Annual administration report of the Civil Veterinary Department of India - 1897-1898
Year: 1897
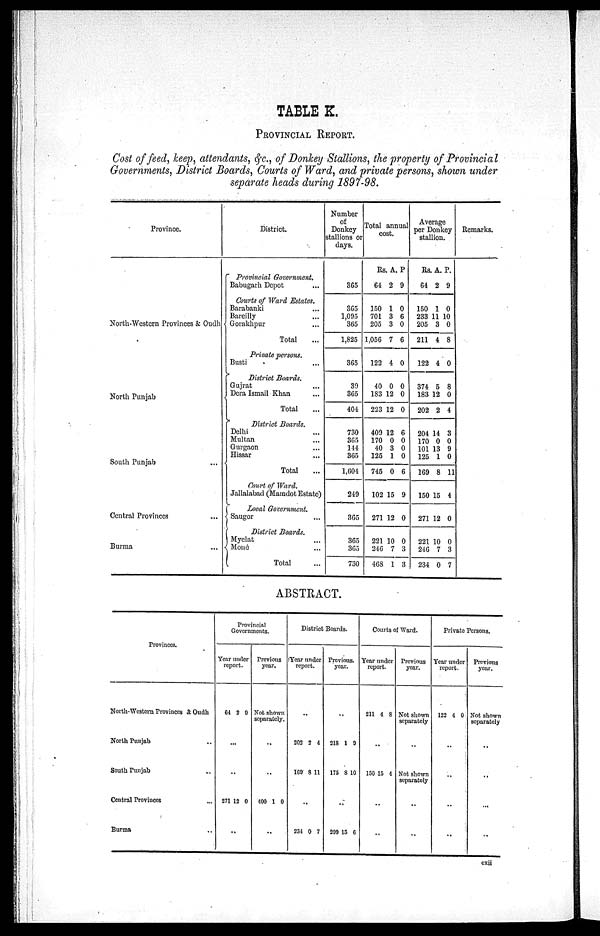
TABLE K.
Cost of feed, keep, attendants, &c., of Donkey Stallions, the property of Provincial
Governments, District Boards, Courts of Ward, and private persons, shown under
separate heads during 1897—98.
Province.
North—Western Provinces & Oudh
North Punjab
South Punjab
...
Central Provinces ...
Burma ...
District.
Provincial Government.
Babugarh Depot ...
Courts of Ward Estates.
Barabanki ...
Bareilly ...
Gorakhpur ...
Total
Private persons.
Busti ...
District Boards.
Gujrat ...
Dera Ismail Khan ...
Total ...
District Boards.
Delhi ...
Multan ...
Gurgaon ...
Hissar ...
Total ...
Court of Ward.
Jallalabad (Mamdot Estate)
Local Government.
Saugor ...
District Boards.
Myelat ...
Mone ...
Total ...
Number
of
Donkey
stallions or
days.
365
365
1,095
365
1,825
365
39
365
404
730
365
144
365
1,604
249
365
365
365
730
Total annual
cost.
Rs.
64
150
701
205
1,056
122
40
183
223
409
170
40
125
745
102
271
221
246
468
A.
2
1
3
3
7
4
0
12
12
12
0
3
1
0
15
12
10
7
1
P.
9
0
6
0
6
0
0
0
0
6
0
0
0
6
9
0
0
3
3
Average
per Donkey
stallion.
Rs.
64
150
233
205
211
122
374
183
202
204
170
101
125
169
150
271
221
246
234
A.
2
1
1 1
3
4
4
5
12
2
14
0
13
1
8
15
12
10
7
0
P.
9
0
10
0
8
0
8
0
4
3
0
9
0
11
4
0
0
3
7
Remarks.
ABSTRACT.
Provinces.
North—Western Provinces & Oudh
North Punjab ..
South Punjab ..
Central Provinces ...
Burma ..
Provincial
Governments.
Year under
report.
64 2 9
...
...
271 12 0
..
Previous
year.
Not shown
separately.
..
..
400 1 0
..
District Boards.
Year under
report.
..
202 2 4
169 8 11
..
234 0 7
Previous.
year.
..
218 1 9
175 8 10
..
209 15 6
Courts of Ward.
Year under
report.
211 4 8
..
150 15 4
..
..
Previous
year.
Not shown
separately
..
Not shown
separately
..
..
Private Persons.
Year under
report.
122 4 0
..
..
..
..
Previous
year.
Not shown
separately
..
..
...
..
cxii